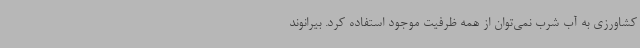
کشاورزی به آب شرب نمی‌توان از همه ظرفیت موجود استفاده کرد. بیرانوند